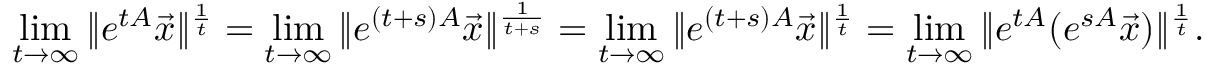
\operatorname* { l i m } _ { t \to \infty } \| e ^ { t A } \vec { x } \| ^ { \frac { 1 } { t } } = \operatorname* { l i m } _ { t \to \infty } \| e ^ { ( t + s ) A } \vec { x } \| ^ { \frac { 1 } { t + s } } = \operatorname* { l i m } _ { t \to \infty } \| e ^ { ( t + s ) A } \vec { x } \| ^ { \frac { 1 } { t } } = \operatorname* { l i m } _ { t \to \infty } \| e ^ { t A } ( e ^ { s A } \vec { x } ) \| ^ { \frac { 1 } { t } } .